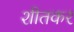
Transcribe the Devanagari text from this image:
शीतकर